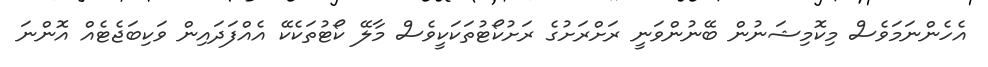
އެހެންނަމަވެސް މިކޮމިޝަނުން ބޭނުންވަނީ ރަށްރަށުގެ ރަށުކޯޓުތަކަކީވެސް މާލޭ ކޯޓުތަކެކޭ އެއްފަދައިން ވަކިބަޖެޓެއް އޮންނަ